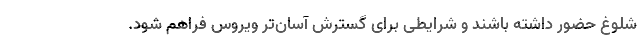
شلوغ حضور داشته باشند و شرایطی برای گسترشِ آسان‌تر ویروس فراهم شود.